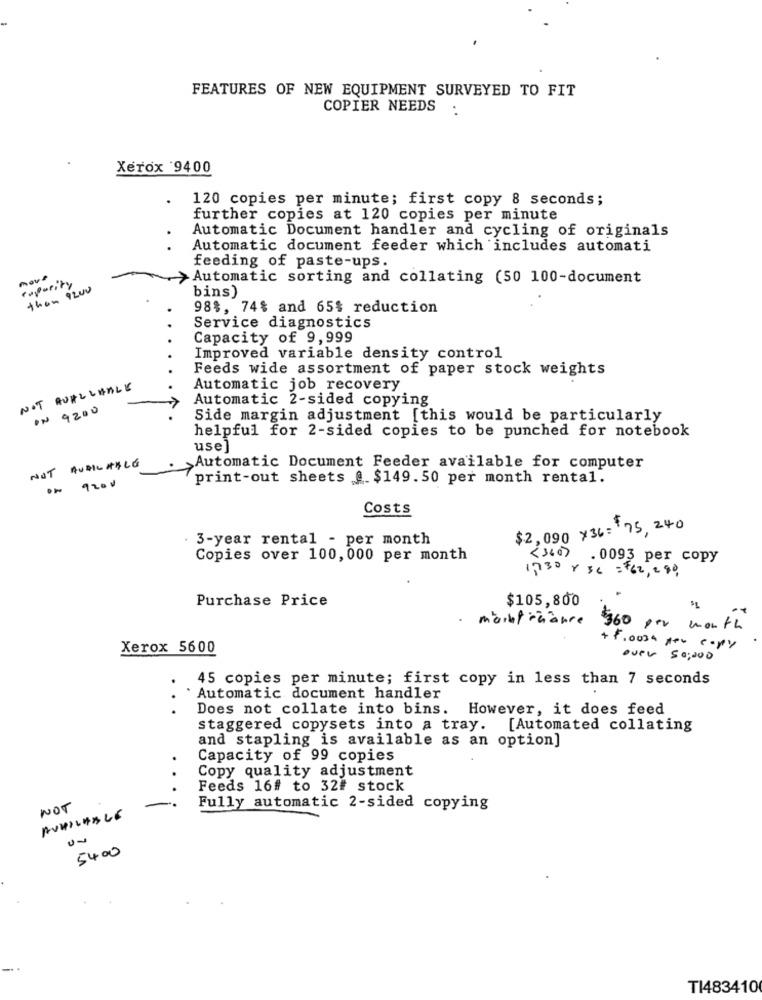
FEATURES OF NEW EQUIPMENT SURVEYED TO FIT
COPIER NEEDS
Xerox 9400
120 copies per minute; first copy 8 seconds;
further copies at 120 copies per minute
Automatic Document handler and cycling of originals
Automatic document feeder which includes automati
feeding of paste-ups.
rxpurity
>Automatic sorting and collating (50 100-document
then 9200
bins)
98%, 74% and 65% reduction
Service diagnostics
Capacity of 9,999
Improved variable density control
Feeds wide assortment of paper stock weights
NOT AVAILABLE
Automatic job recovery
Automatic 2-sided copying
ON 9200
Side margin adjustment [this would be particularly
helpful for 2-sided copies to be punched for notebook
use]
NOT AUDILABLE
Automatic Document Feeder available for computer
9201
print-out sheets @. $149.50 per month rental.
Costs
$2,090 ×36= 75, 240
3-year rental - per month
<360)
Copies over 100, 000 per month
. 0093 per copy
1730×36 = 762, 290,
Purchase Price
$105,800
markfinance 360 per month
Xerox 5600
+ Froosh per copy
over 50,000
.
45 copies per minute; first copy in less than 7 seconds
Automatic document handler
Does not collate into bins.
However, it does feed
staggered copysets into a tray. [Automated collating
and stapling is available as an option]
Capacity of 99 copies
Copy quality adjustment
Feeds 16# to 32# stock
NOT
Fully automatic 2-sided copying
AUDILABLE
5400
TI483410